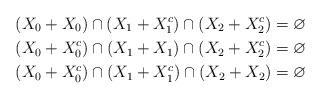
LaTeX: \begin{align*}& (X_0 + X_0) \cap(X_1+X_1^c) \cap (X_2 + X_2^c) = \varnothing \\& (X_0 + X_0^c) \cap (X_1 + X_1) \cap (X_2 + X_2^c) = \varnothing \\&(X_0 + X_0^c) \cap (X_1 + X_1^c) \cap (X_2 + X_2) = \varnothing \end{align*}